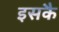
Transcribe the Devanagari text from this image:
इसकै